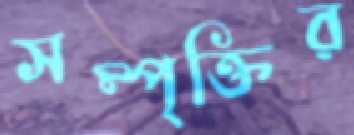
সম্পৃক্তির